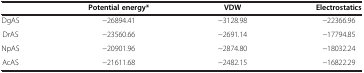
<table><thead><tr><td><b> </b></td><td><b>Potential energy*</b></td><td><b>VDW</b></td><td><b>Electrostatics</b></td></tr></thead><tbody><tr><td>DgAS</td><td>−26894.41</td><td>−3128.98</td><td>−22366.96</td></tr><tr><td>DrAS</td><td>−23560.66</td><td>−2691.14</td><td>−17794.85</td></tr><tr><td>NpAS</td><td>−20901.96</td><td>−2874.80</td><td>−18032.24</td></tr><tr><td>AcAS</td><td>−21611.68</td><td>−2482.15</td><td>−16822.29</td></tr></tbody></table>